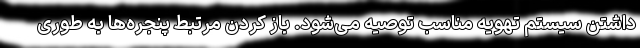
داشتن سیستم تهویه مناسب توصیه می‌شود. باز کردن مرتبط پنجره‌ها به طوری